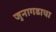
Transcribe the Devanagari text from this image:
जुनागडाचा